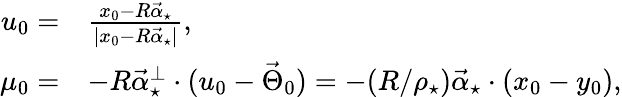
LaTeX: \begin{array}{rl}{u_{0}=}&{\frac{x_{0}-R\vec{\alpha}_{\star}}{|x_{0}-R\vec{\alpha}_{\star}|},}\\ {\mu_{0}=}&{-R\vec{\alpha}_{\star}^{\perp}\cdot(u_{0}-\vec{\Theta}_{0})=-(R/\rho_{\star})\vec{\alpha}_{\star}\cdot(x_{0}-y_{0}),}\end{array}